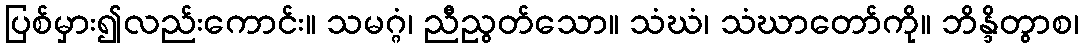
ပြစ်မှား၍လည်းကောင်း။ သမဂ္ဂံ၊ ညီညွတ်သော။ သံဃံ၊ သံဃာတော်ကို။ ဘိန္ဒိတွာစ၊